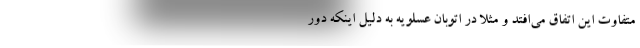
متفاوت این اتفاق می‌افتد و مثلاً در اتوبان عسلویه به دلیل اینکه دور